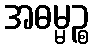
အဓမ္မဉ္စ